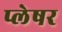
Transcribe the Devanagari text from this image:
प्लेषर